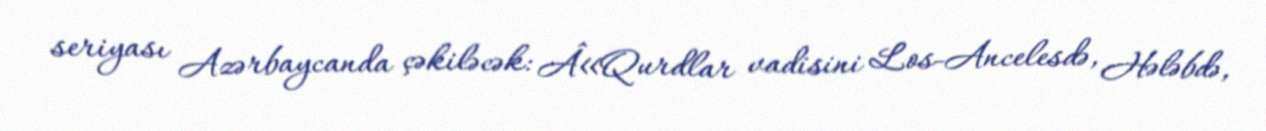
seriyası Azərbaycanda çəkiləcək: Â«Qurdlar vadisini Los-Ancelesdə, Hələbdə,